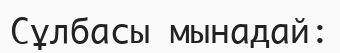
Сұлбасы мынадай: